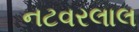
નટવરલાલ